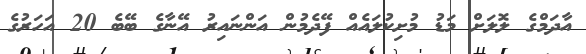
އާދަމްގެ ލޮލަށް މަޑު މުށިކުލައެއް ފޭދެމުން އަންނައިރު އޭނާގެ ބޭބެ 20 އަހަރުގެ